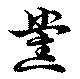
党